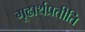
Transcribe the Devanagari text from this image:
गूढार्थप्रतीति